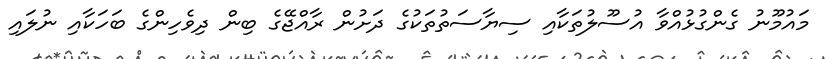
މައުމޫނު ގެންގުޅުއްވާ އުސޫލުތަކާއި ސިޔާސަތުތަކުގެ ދަށުން ރާއްޖޭގެ ބިން ދިވެހިންގެ ބަހަކާއި ނުލައި